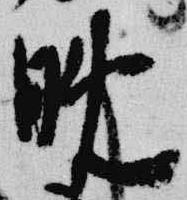
晩